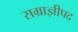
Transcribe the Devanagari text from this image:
सम्राज्ञीपद